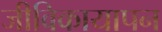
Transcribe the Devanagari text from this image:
जीविकायापन